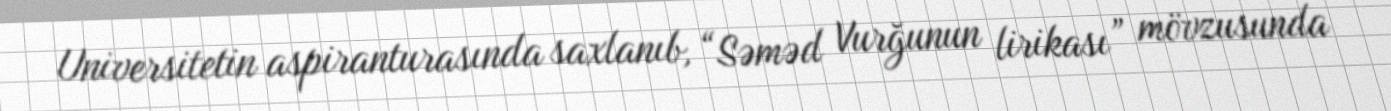
Universitetin aspiranturasında saxlanıb, “Səməd Vurğunun lirikası” mövzusunda